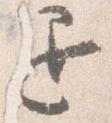
退